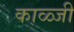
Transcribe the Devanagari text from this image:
काळ्जी